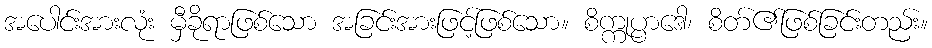
အပေါင်းအားလုံး မှီခိုရာဖြစ်သော အခြင်းအားဖြင့်ဖြစ်သော။ စိက္ကုပ္ပာဒေါ၊ စိတ်၏ဖြစ်ခြင်းတည်း။